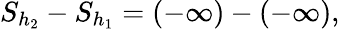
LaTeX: S_{h_{2}}-S_{h_{1}}=(-\infty)-(-\infty),